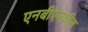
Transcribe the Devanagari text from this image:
एनबीएमधील